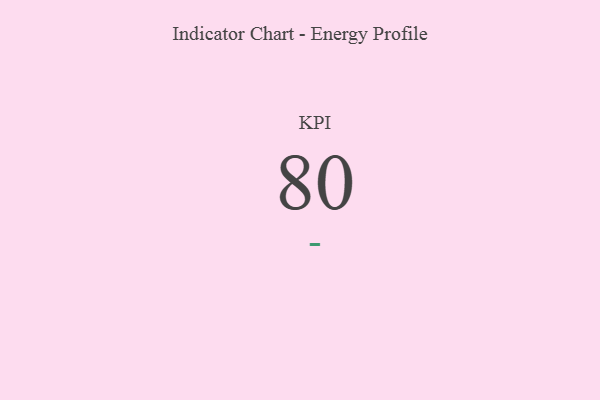
{"axis": {"x": "KPI", "y": "Value"}, "legend": [""], "data": [{"x": "KPI", "y": 80, "type": ""}]}